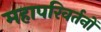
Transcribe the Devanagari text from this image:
महापरिवर्तनों